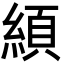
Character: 䋶